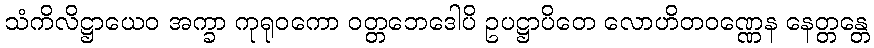
သံကိလိဋ္ဌာယေဝ အက္ခာ ကုရုဝကော ဝတ္တဘေဒေါပိ ဥပဋ္ဌာပိတေ လောဟိတဝဏ္ဏေန နေတ္တန္တေ